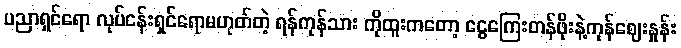
ပညာရှင်ရော လုပ်ငန်းရှင်ရောမဟုတ်တဲ့ ရန်ကုန်သား ကိုထူးကတော့ ငွေကြေးတန်ဖိုးနဲ့ကုန်ဈေးနှုန်း